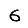
Digit: 6